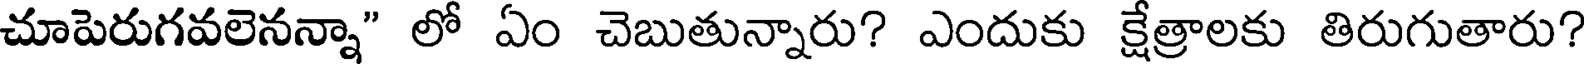
చూపెరుగవలెనన్నా" లో ఏం చెబుతున్నారు? ఎందుకు క్షేత్రాలకు తిరుగుతారు?